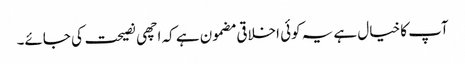
آپ کا خیال ہے یہ کوئی اخلاقی مضمون ہے کہ اچھی نصیحت کی جائے۔